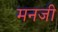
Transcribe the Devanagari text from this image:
मनजी